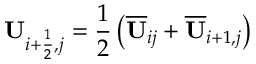
\mathbf { U } _ { i + \frac { 1 } { 2 } , j } = \frac { 1 } { 2 } \left( \overline { { \mathbf { U } } } _ { i j } + \overline { { \mathbf { U } } } _ { i + 1 , j } \right)